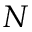
N